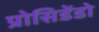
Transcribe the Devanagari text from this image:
प्रोसिडेंडो